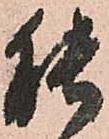
能